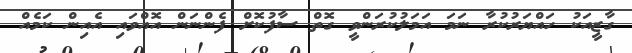
ގާޒީއަކު ހައްޔަރުކުރާ ނަމަ އަމަލުކުރަންވީ ގޮތް ސާފުކޮށް ފެންނަން އޮއްވައި އެެއިން ކަމެއް